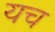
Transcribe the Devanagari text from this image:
यच